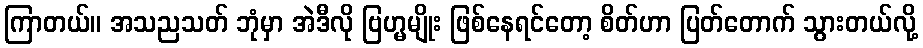
ကြာတယ်။ အသညသတ် ဘုံမှာ အဲဒီလို ဗြဟ္မမျိုး ဖြစ်နေရင်တော့ စိတ်ဟာ ပြတ်တောက် သွားတယ်လို့